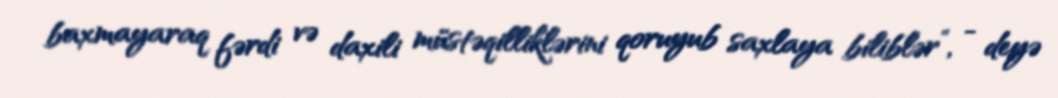
baxmayaraq fərdi və daxili müstəqilliklərini qoruyub saxlaya biliblər”, - deyə